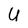
Character: U